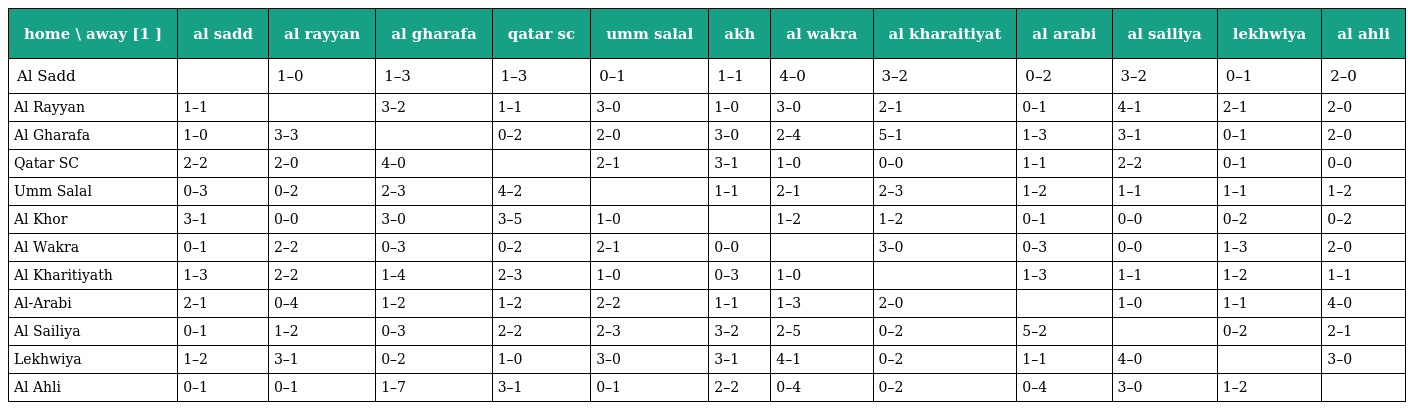
| home \ away [1 ] | al sadd | al rayyan | al gharafa | qatar sc | umm salal | akh | al wakra | al kharaitiyat | al arabi | al sailiya | lekhwiya | al ahli |
 | --- | --- | --- | --- | --- | --- | --- | --- | --- | --- | --- | --- | --- |
 | Al Sadd |  | 1–0 | 1–3 | 1–3 | 0–1 | 1–1 | 4–0 | 3–2 | 0–2 | 3–2 | 0–1 | 2–0 |
 | Al Rayyan | 1–1 |  | 3–2 | 1–1 | 3–0 | 1–0 | 3–0 | 2–1 | 0–1 | 4–1 | 2–1 | 2–0 |
 | Al Gharafa | 1–0 | 3–3 |  | 0–2 | 2–0 | 3–0 | 2–4 | 5–1 | 1–3 | 3–1 | 0–1 | 2–0 |
 | Qatar SC | 2–2 | 2–0 | 4–0 |  | 2–1 | 3–1 | 1–0 | 0–0 | 1–1 | 2–2 | 0–1 | 0–0 |
 | Umm Salal | 0–3 | 0–2 | 2–3 | 4–2 |  | 1–1 | 2–1 | 2–3 | 1–2 | 1–1 | 1–1 | 1–2 |
 | Al Khor | 3–1 | 0–0 | 3–0 | 3–5 | 1–0 |  | 1–2 | 1–2 | 0–1 | 0–0 | 0–2 | 0–2 |
 | Al Wakra | 0–1 | 2–2 | 0–3 | 0–2 | 2–1 | 0–0 |  | 3–0 | 0–3 | 0–0 | 1–3 | 2–0 |
 | Al Kharitiyath | 1–3 | 2–2 | 1–4 | 2–3 | 1–0 | 0–3 | 1–0 |  | 1–3 | 1–1 | 1–2 | 1–1 |
 | Al-Arabi | 2–1 | 0–4 | 1–2 | 1–2 | 2–2 | 1–1 | 1–3 | 2–0 |  | 1–0 | 1–1 | 4–0 |
 | Al Sailiya | 0–1 | 1–2 | 0–3 | 2–2 | 2–3 | 3–2 | 2–5 | 0–2 | 5–2 |  | 0–2 | 2–1 |
 | Lekhwiya | 1–2 | 3–1 | 0–2 | 1–0 | 3–0 | 3–1 | 4–1 | 0–2 | 1–1 | 4–0 |  | 3–0 |
 | Al Ahli | 0–1 | 0–1 | 1–7 | 3–1 | 0–1 | 2–2 | 0–4 | 0–2 | 0–4 | 3–0 | 1–2 |  |